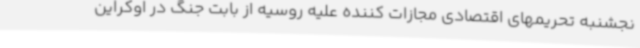
نجشنبه تحریمهای اقتصادی مجازات کننده علیه روسیه از بابت جنگ در اوکراین